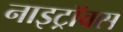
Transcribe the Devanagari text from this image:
नाइट्रॉक्स